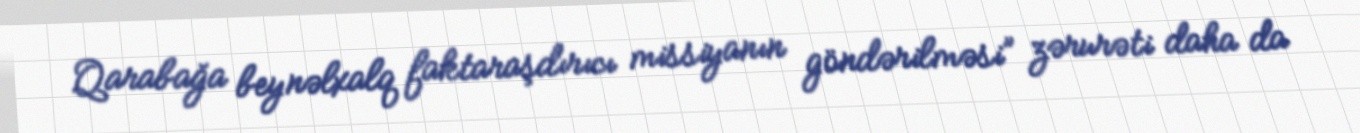
Qarabağa beynəlxalq faktaraşdırıcı missiyanın göndərilməsi” zərurəti daha da